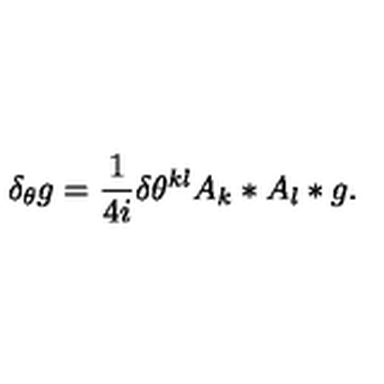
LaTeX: \delta _ { \theta } g = \frac 1 { 4 i } \delta \theta ^ { k l } A _ { k } * A _ { l } * g .